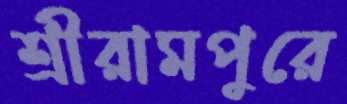
শ্রীরামপুরে